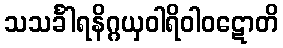
သသင်္ခါရနိဂ္ဂယှဝါရိဝါဝဋောတိ